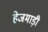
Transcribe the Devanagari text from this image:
हेजमाड़ी